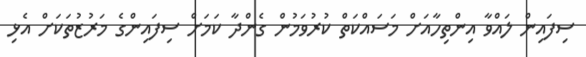
ސިފައިން ލައްވާ އިންތިހާއަށް މަސައްކަތް ކުރުވަމުން ގެންދާ ކަމަށް ސިފައިންގެ މަރުޒުތަކަށް އެޅި